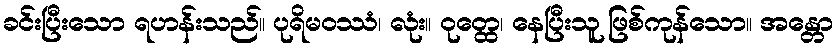
ခင်းပြီးသော ရဟန်းသည်။ ပုရိမဝဿံ၊ လုံး။ ဝုတ္ထေ၊ နေပြီးသူ ဖြစ်ကုန်သော။ အန္တော